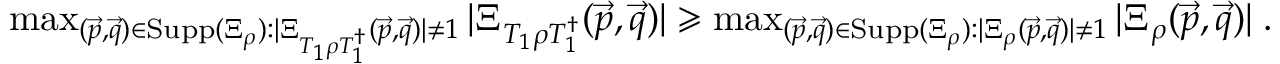
\begin{array} { r } { \operatorname* { m a x } _ { ( \vec { p } , \vec { q } ) \in \mathrm { S u p p } ( \Xi _ { \rho } ) : | \Xi _ { T _ { 1 } \rho T _ { 1 } ^ { \dag } } ( \vec { p } , \vec { q } ) | \neq 1 } | \Xi _ { T _ { 1 } \rho T _ { 1 } ^ { \dag } } ( \vec { p } , \vec { q } ) | \geqslant \operatorname* { m a x } _ { ( \vec { p } , \vec { q } ) \in \mathrm { S u p p } ( \Xi _ { \rho } ) : | \Xi _ { \rho } ( \vec { p } , \vec { q } ) | \neq 1 } | \Xi _ { \rho } ( \vec { p } , \vec { q } ) | \; . } \end{array}